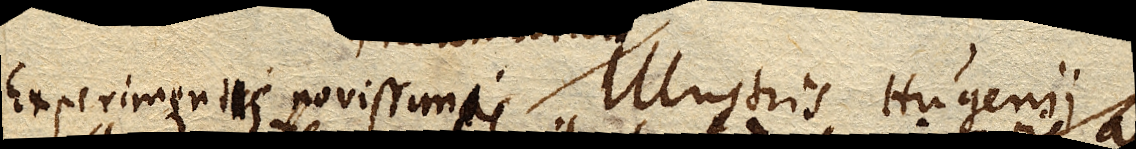
Experimentis novissimis Illustris Hugenii manifeste confectum